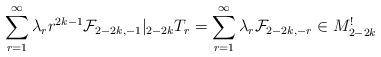
LaTeX: \begin{align*}\sum_{r=1}^{\infty}\lambda_r r^{2k-1}\mathcal{F}_{2-2k,-1}|_{2-2k}T_r=\sum_{r=1}^{\infty}\lambda_r\mathcal{F}_{2-2k,-r}\in M_{2-2k}^!\end{align*}